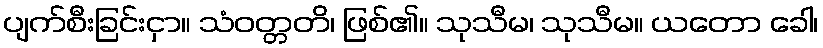
ပျက်စီးခြင်းငှာ။ သံဝတ္တတိ၊ ဖြစ်၏။ သုသီမ၊ သုသီမ။ ယတော ခေါ၊